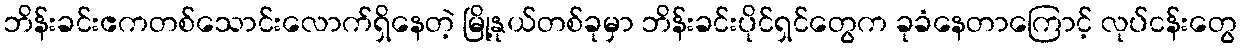
ဘိန်းခင်းဧကတစ်သောင်းလောက်ရှိနေတဲ့ မြို့နုယ်တစ်ခုမှာ ဘိန်းခင်းပိုင်ရှင်တွေက ခုခံနေတာကြောင့် လုပ်ငန်းတွေ